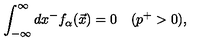
\int _ { - \infty } ^ { \infty } d x ^ { - } f _ { \alpha } ( \vec { x } ) = 0 \quad ( p ^ { + } > 0 ) ,